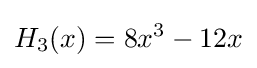
H_{3}(x)=8x^{3}-12x